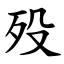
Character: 殁